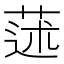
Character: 蒁